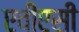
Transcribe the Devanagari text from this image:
एवीएसी